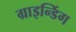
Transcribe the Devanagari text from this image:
ग्राइन्डिंग